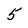
Character: 5